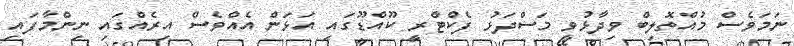
ނަމަވެސް މުއްތޮލިބް ވިދާޅުވީ މަސްދަޅު ފެކްޓްރީ ކޫއްޑޫގައި އަޅަން އެއްވެސް އިރެއްގައި ނިންމާފައި